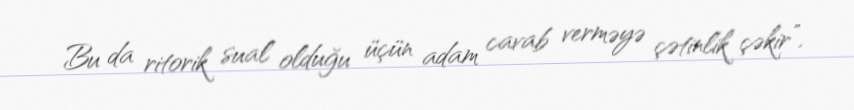
Bu da ritorik sual olduğu üçün adam cavab verməyə çətinlik çəkir”.